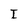
Character: I